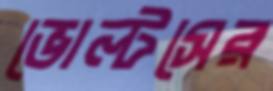
ভোল্টসের